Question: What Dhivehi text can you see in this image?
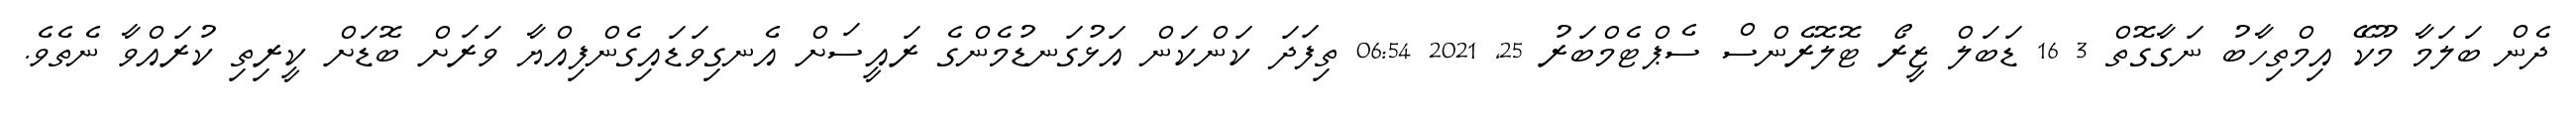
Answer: ދެން ބަލަމާ މޫކޭ އިމްތިހާބު ނަގާގޮތް 3 16 ޑަބަލް ޒީރޯ ޓޮލޮރެންސް ސެޕްޓެމްބަރު 25, 2021 06:54 ތިފަދަ ކަންކަން އަޅުގަނޑުމެންގެ ރައީސަށް އެނގިވަޑައިގެންފިއްޔާ ވަރަށް ބޮޑަށް ކީރިތި ކުރައްވާ ނެތެވެ.